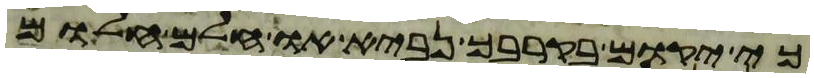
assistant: כי יקום בקרבך נביא או חלם חלום